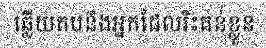
ឆ្លើយតបនឹងអ្នកដែលរិះគន់ខ្លួន